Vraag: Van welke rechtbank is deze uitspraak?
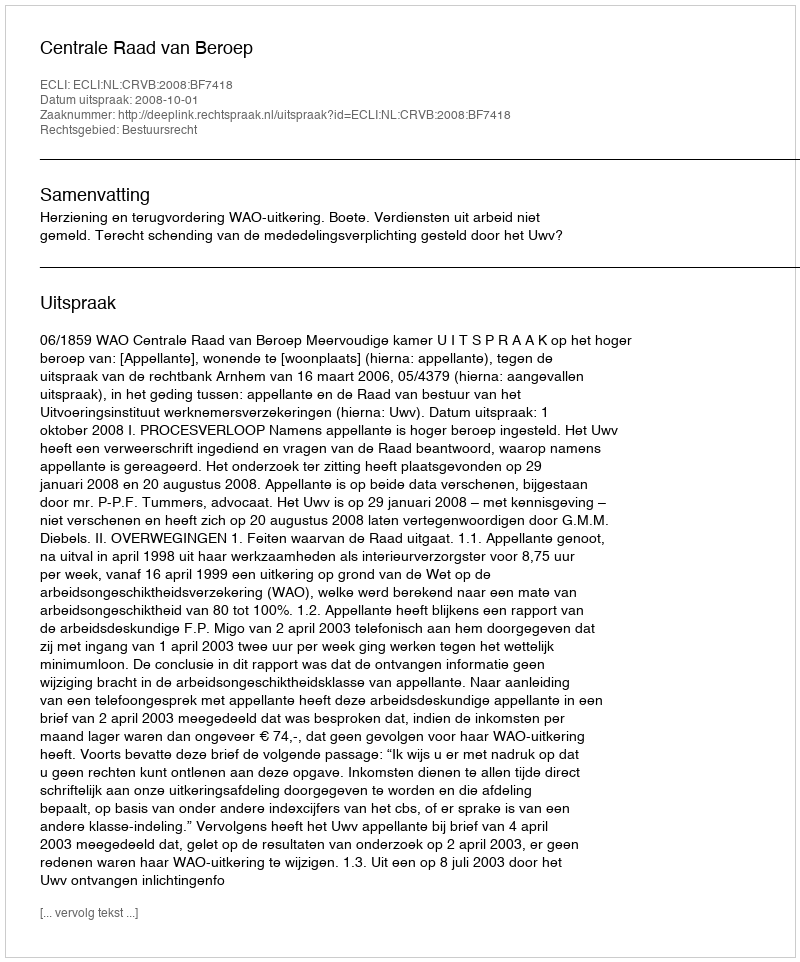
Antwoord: Centrale Raad van Beroep